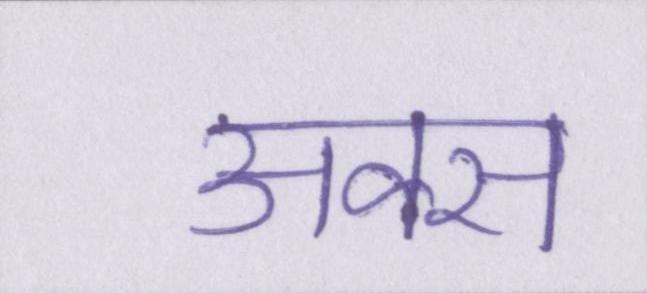
अक्स